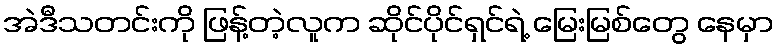
အဲဒီသတင်းကို ဖြန့်တဲ့လူက ဆိုင်ပိုင်ရှင်ရဲ့ မြေးမြစ်တွေ နေမှာ